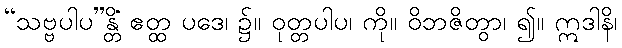
“သဗ္ဗပါပ”န္တိ ဧတ္ထ ပဒေ၊ ၌။ ဝုတ္တပါပံ၊ ကို။ ဝိဘဇိတွာ၊ ၍။ ဣဒါနိ၊